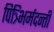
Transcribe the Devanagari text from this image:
पित्र्भिर्मदन्ती